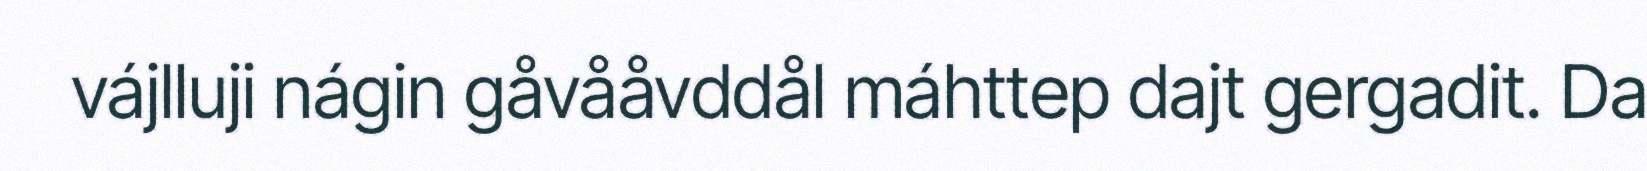
vájlluji nágin gåvååvddål máhttep dajt gergadit. Da